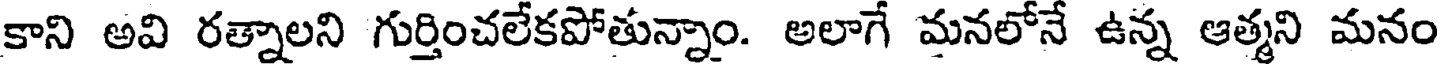
కాని అవి రత్నాలని గుర్తించలేకపోతున్నాం. అలాగే మనలోనే ఉన్న ఆత్మని మనం